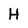
Character: H